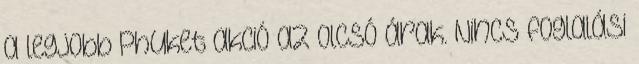
a legjobb Phuket akció az olcsó árak. Nincs foglalási